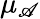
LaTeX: \mu_{\mathscr{A}}